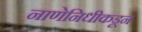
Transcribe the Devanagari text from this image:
नाणेनिधीकडून